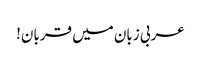
عربی زبان میں قربان!